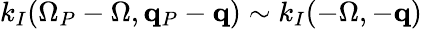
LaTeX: k_{I}(\Omega_{P}-\Omega,{\mathbf q}_{P}-{\mathbf q})\sim k_{I}(-\Omega,-{\mathbf q})